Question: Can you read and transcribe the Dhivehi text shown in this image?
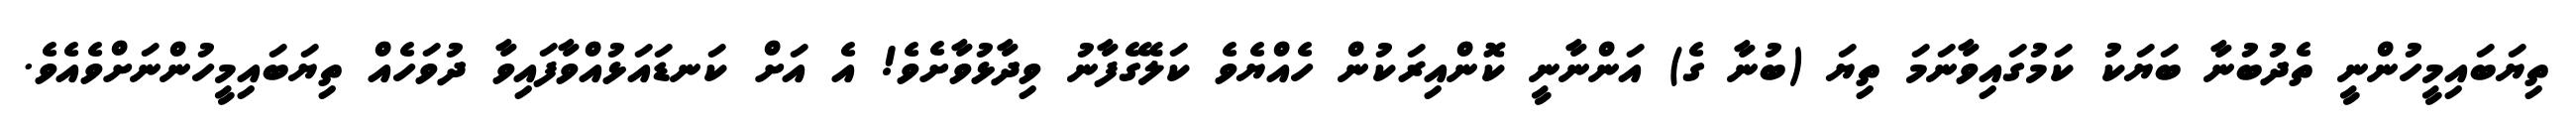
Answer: ތިޔަބައިމީހުންނީ ތެދުބުނާ ބަޔަކު ކަމުގައިވާނަމަ ތިޔަ (ބުނާ ގެ) އަންނާނީ ކޮންއިރަކުން ހެއްޔެވެ ކަލޭގެފާނު ވިދާޅުވާށެވެ! އެ އަށް ކަނޑައަޅުއްވާފައިވާ ދުވަހެއް ތިޔަބައިމީހުންނަށްވެއެވެ.